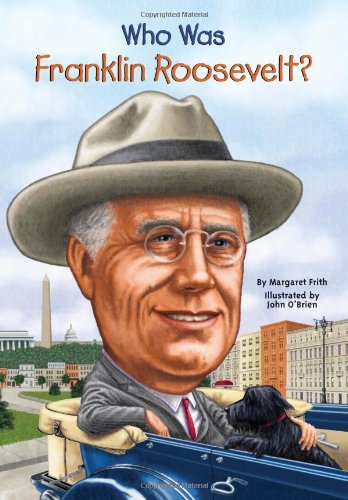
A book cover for Who Was Franklin Roosevelt?; Margaret Frith; Children's Books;